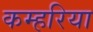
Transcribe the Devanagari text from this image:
कम्हरिया